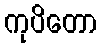
ကုပိတော